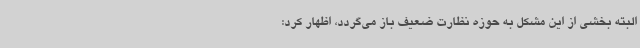
البته بخشی از این مشکل به حوزه نظارت ضعیف باز می‌گردد، اظهار کرد: